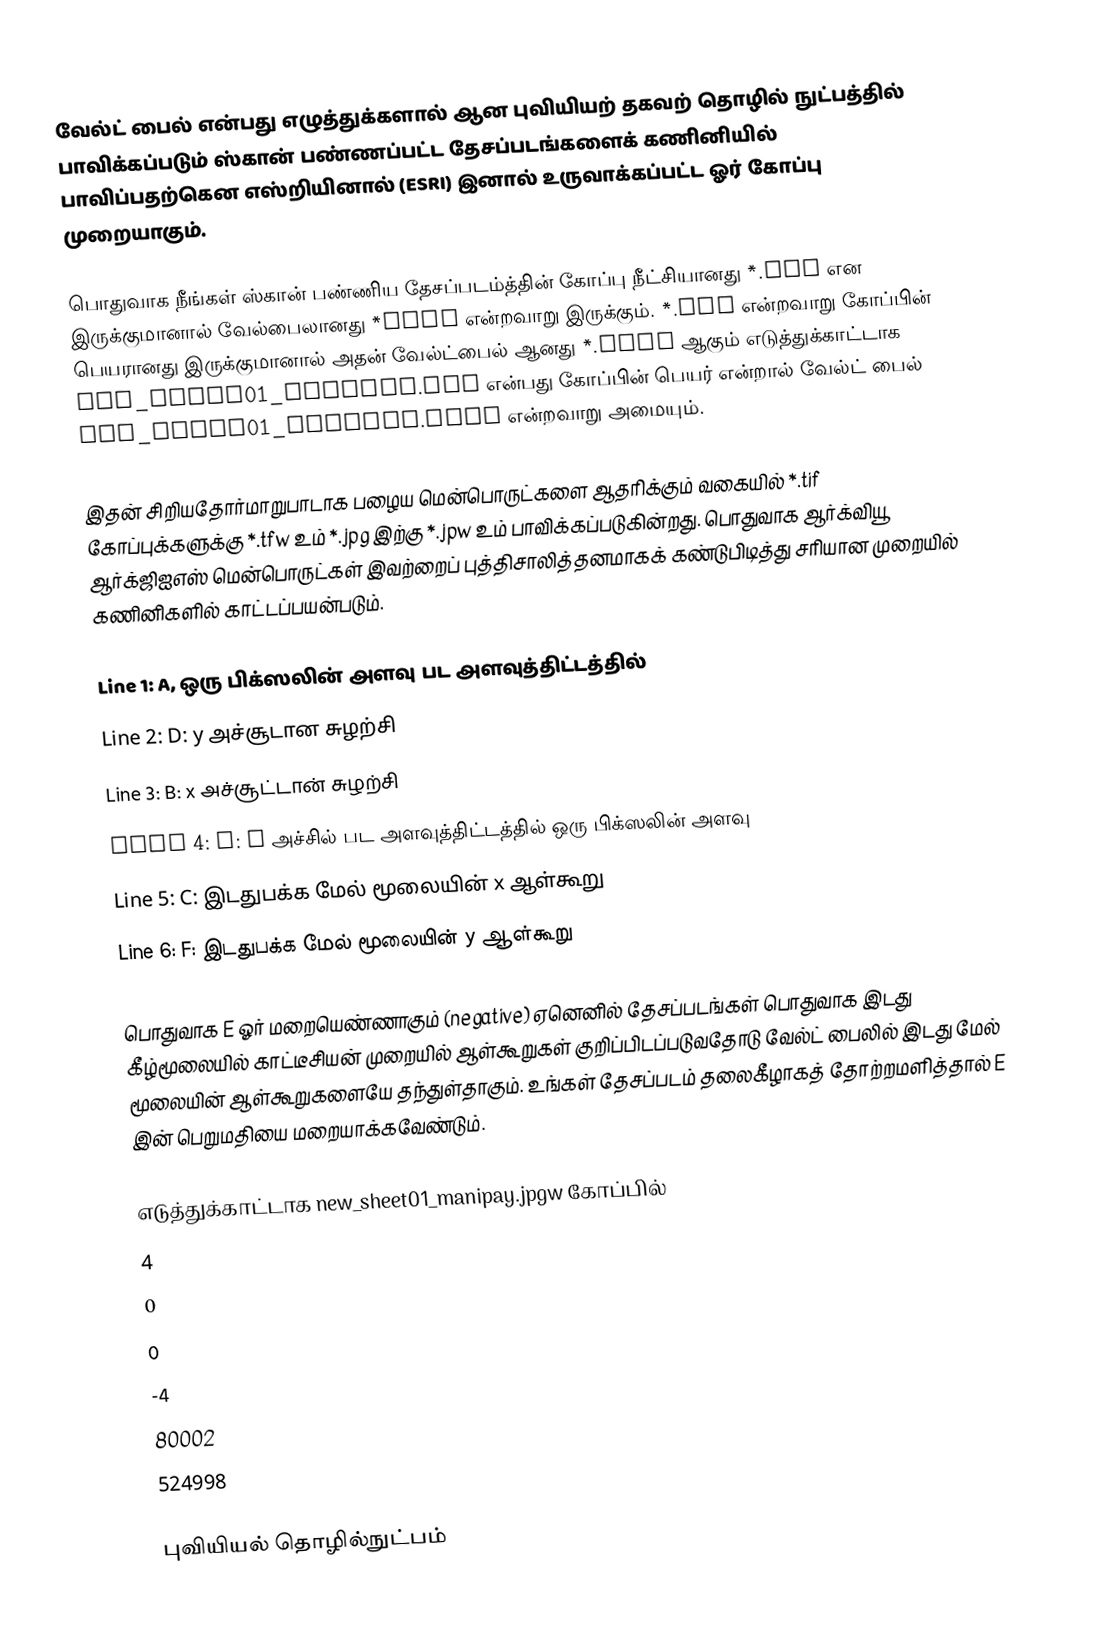
வேல்ட் பைல் என்பது எழுத்துக்களால் ஆன புவியியற் தகவற் தொழில் நுட்பத்தில் பாவிக்கப்படும் ஸ்கான் பண்ணப்பட்ட தேசப்படங்களைக் கணினியில் பாவிப்பதற்கென எஸ்றியினால் (ESRI) இனால் உருவாக்கப்பட்ட ஓர் கோப்பு முறையாகும்.

பொதுவாக நீங்கள் ஸ்கான் பண்ணிய தேசப்படம்த்தின் கோப்பு நீட்சியானது *.tif என இருக்குமானால் வேல்பைலானது *tifw என்றவாறு இருக்கும். *.jpg என்றவாறு கோப்பின் பெயரானது இருக்குமானால் அதன் வேல்ட்பைல் ஆனது *.jpgw ஆகும் எடுத்துக்காட்டாக new_sheet01_manipay.jpg என்பது கோப்பின் பெயர் என்றால் வேல்ட் பைல் new_sheet01_manipay.jpgw என்றவாறு அமையும்.

இதன் சிறியதோர்மாறுபாடாக பழைய மென்பொருட்களை ஆதரிக்கும் வகையில் *.tif கோப்புக்களுக்கு *.tfw உம் *.jpg இற்கு *.jpw உம் பாவிக்கப்படுகின்றது. பொதுவாக ஆர்க்வியூ ஆர்க்ஜிஐஎஸ் மென்பொருட்கள் இவற்றைப் புத்திசாலித்தனமாகக் கண்டுபிடித்து சரியான முறையில் கணினிகளில் காட்டப்பயன்படும்.

 Line 1: A, ஒரு பிக்ஸலின் அளவு பட அளவுத்திட்டத்தில்
 Line 2: D: y அச்சூடான சுழற்சி
 Line 3: B: x அச்சூட்டான் சுழற்சி
 Line 4: E: y அச்சில் பட அளவுத்திட்டத்தில் ஒரு பிக்ஸலின் அளவு
 Line 5: C: இடதுபக்க மேல் மூலையின் x ஆள்கூறு
 Line 6: F: இடதுபக்க மேல் மூலையின் y ஆள்கூறு

பொதுவாக E ஓர் மறையெண்ணாகும் (negative) ஏனெனில் தேசப்படங்கள் பொதுவாக இடது கீழ்மூலையில் காட்டீசியன் முறையில் ஆள்கூறுகள் குறிப்பிடப்படுவதோடு வேல்ட் பைலில் இடது மேல் மூலையின் ஆள்கூறுகளையே தந்துள்தாகும். உங்கள் தேசப்படம் தலைகீழாகத் தோற்றமளித்தால் E இன் பெறுமதியை மறையாக்கவேண்டும்.

எடுத்துக்காட்டாக new_sheet01_manipay.jpgw கோப்பில்
 4
 0
 0
 -4
 80002
 524998

புவியியல் தொழில்நுட்பம்